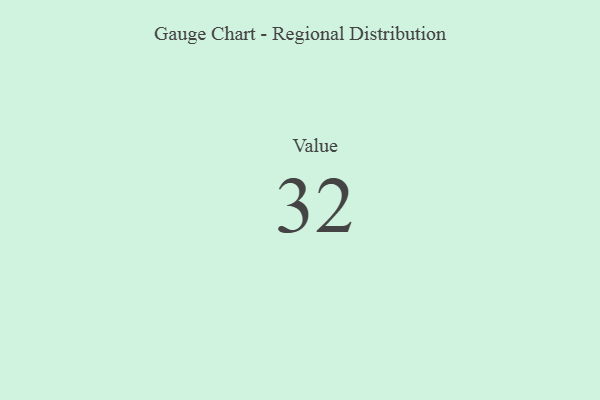
{"axis": {"x": "Metric", "y": "Value"}, "legend": [""], "data": [{"x": "Value", "y": 32, "type": ""}]}